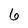
Character: 6